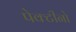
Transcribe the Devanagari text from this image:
पेक्टीनो